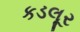
કડલૂર